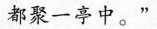
都聚一亭中。